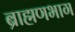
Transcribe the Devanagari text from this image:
ब्राह्मणभाग